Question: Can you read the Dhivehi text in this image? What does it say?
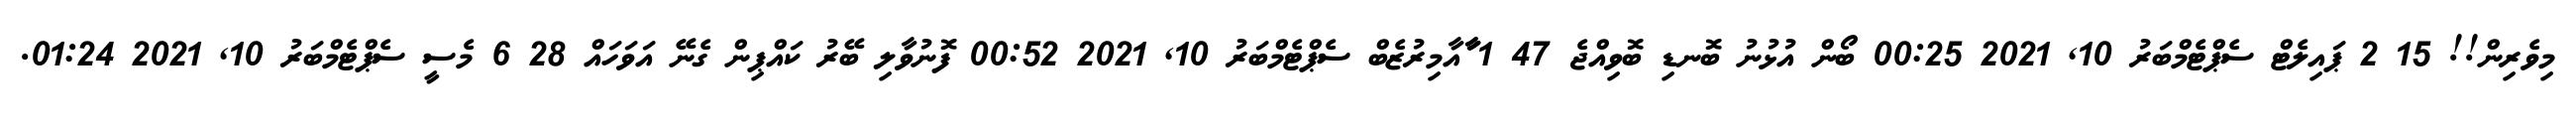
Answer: މިވެރިން!! 15 2 ޕައިލެޓް ސެޕްޓެމްބަރު 10, 2021 00:25 ބޯން އުޅުނު ބޮނޑި ބޮވިއްޖެ 47 1 ާަާއާމިރުޒެބް ސެޕްޓެމްބަރު 10, 2021 00:52 ފޮނުވާލި ބޭރު ކައްޕިން ގެނޭ އަވަހައް 28 6 މެސީ ސެޕްޓެމްބަރު 10, 2021 01:24.